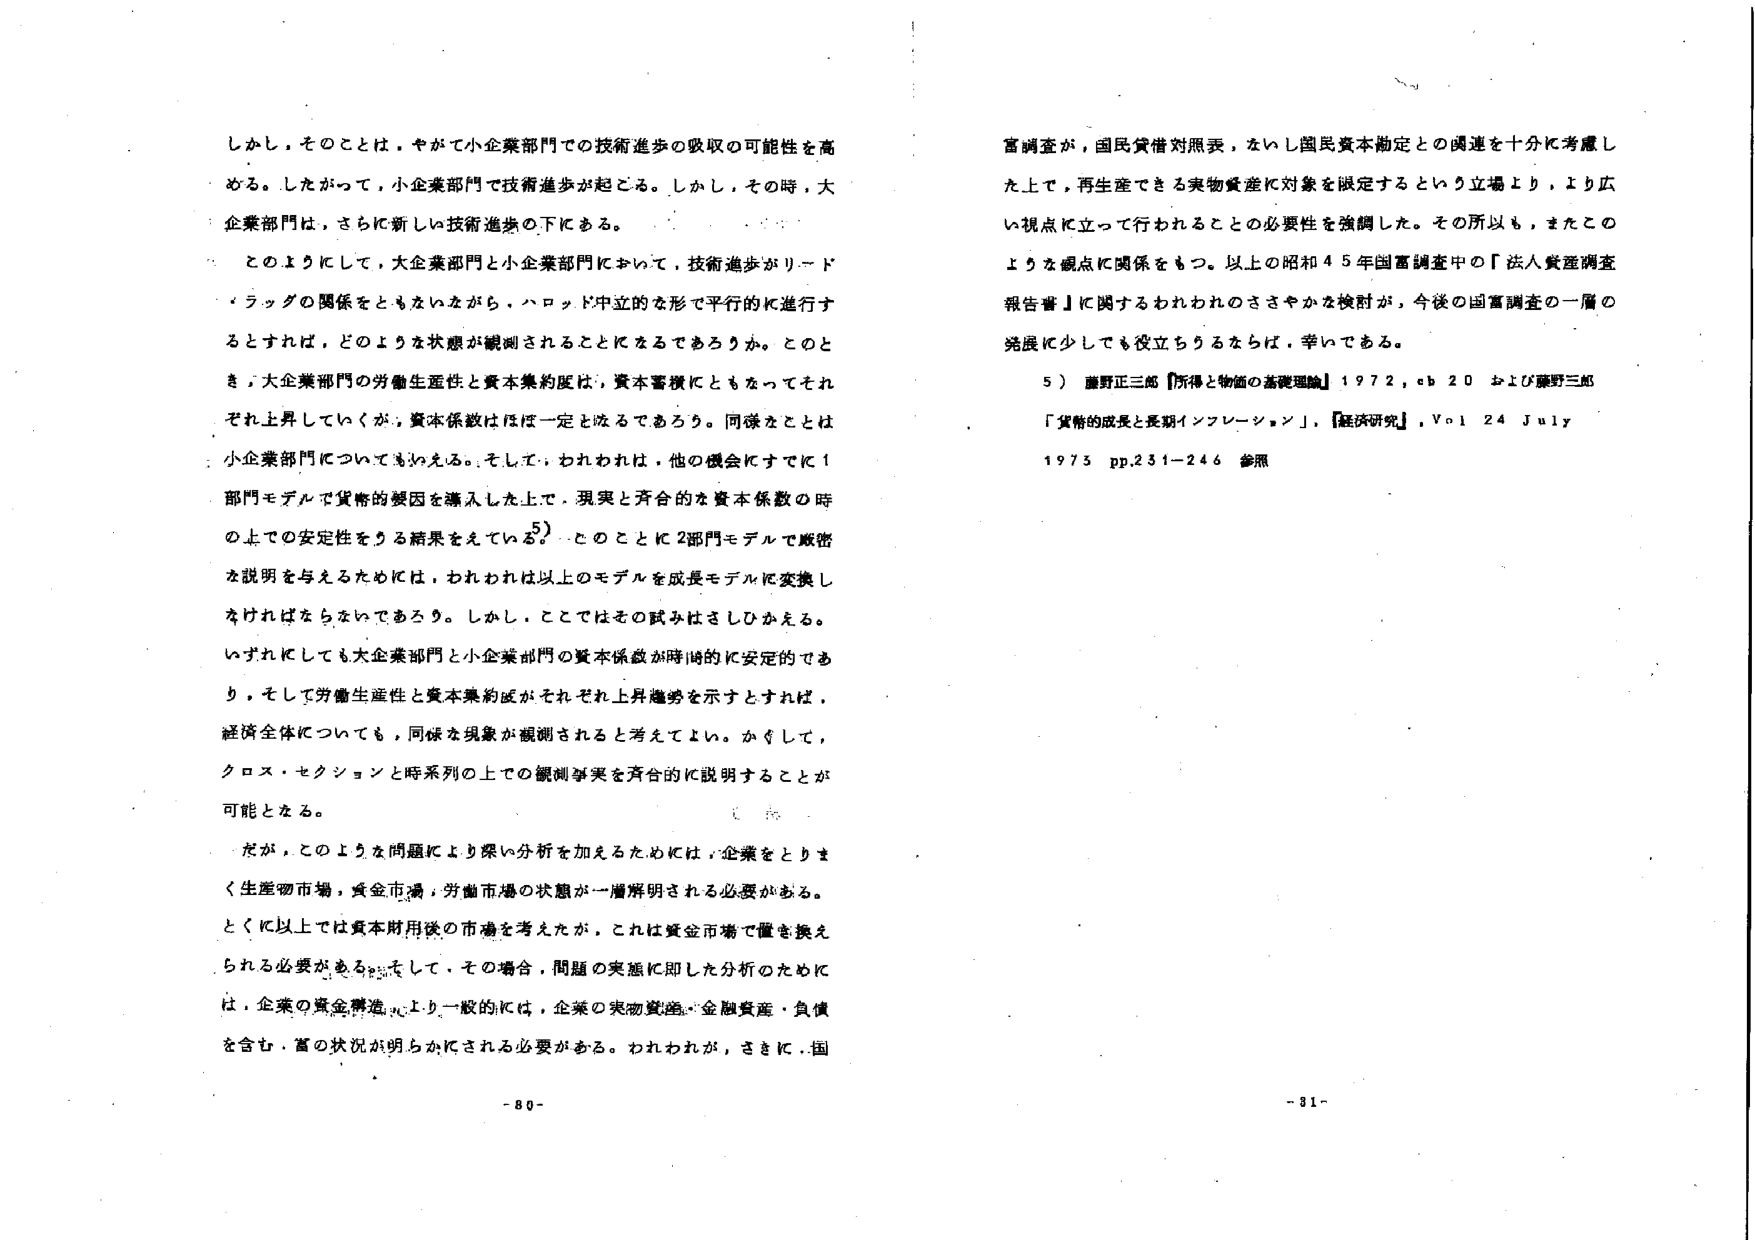
しかし、そのことは、やがて小企業部門での技術進歩の吸収の可能性を高める。したがって、小企業部門で技術進歩が起こる。しかし、その時、大企業部門は、さらに新しい技術進歩の下にある。

このようにして、大企業部門と小企業部門において、技術進歩がリード・ラッグの関係をともなわなが、ハロッド中立的な形で平行的に進行するとなれば、どのような状態が観測されることになるであろうか。このとき、大企業部門の労働生産性と資本集約度は、資本蓄積にともなってそれぞれ上昇していくが、資本係数はほぼ一定となるであろう。同様なことは小企業部門についてもいえる。そして、われわれは、他の機会にすでに1部門モデルで貨幣的要因を導入した上で、現実と符合の資本係数の時系列での安定性をうる結果をえている。このことに2部門モデルで厳密な説明を与えるためには、われわれは以上のモデルを成長モデルに変換しなければならないであろう。しかし、ここではその試みはさしひかえる。いずれにしても大企業部門と小企業部門の資本係数が時間的に安定的であり、そして労働生産性と資本集約度がそれぞれ上昇趨勢を示すとすれば、経済全体についても、同様な現象が観測されると考えてよい。かくして、クロス・セクションと時系列の上での観測事実を符合的に説明することが可能となる。

だが、このような問題により深い分析を加えるためには、企業をとりまく生産物市場、資金市場、労働市場の状態が一層解明される必要がある。とくに以上では資本財用後の市場を考えたが、これは資金市場で置き換えられる必要がある。そして、その場合、問題の実態に即した分析のために、企業の資金構造、より一般的には、企業の実物資産、金融資産、負債を含む、富の状況が明らかにされる必要がある。われわれが、さきに、国

富調査が、国民貸借対照表、ないし国民資本勘定との関連を十分に考慮した上で、再生産できる実物資産に対象を限定するという立場より、より広い視点に立って行われることの必要性を強調した。その所以も、またこのような観点に関係をもつ。以上の昭和45年国富調査中の「法人資産調査報告書」に関するわれわれのささやかな検討が、今後の国富調査の一層の発展に少しでも役立ちうるならば、幸いである。

5） 藤野正三郎『所得と物価の基礎理論』1972, eb 20 および藤野三郎「貨幣の成長と長期インフレーション」,『経済研究』, Vol 24 July 1973 pp.231-246 参照

- 80 -
- 31 -